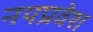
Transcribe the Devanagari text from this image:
नयप्रवेश